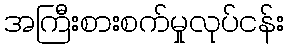
အကြီးစားစက်မှုလုပ်ငန်း